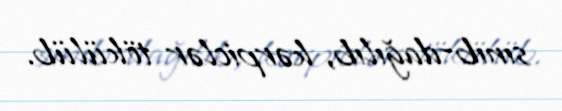
sınıb-dağılıb, kərpiclər tökülüb.